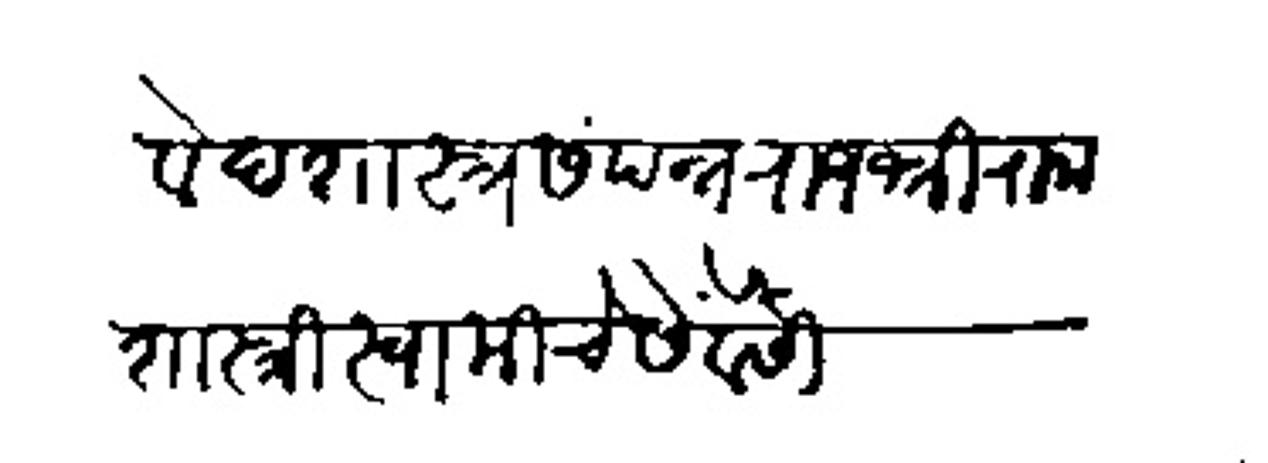
Transliteration (Devanagari): वेदशास्त्रसंपत्न राजश्री रामशास्त्री स्वामीचे सेवेसी